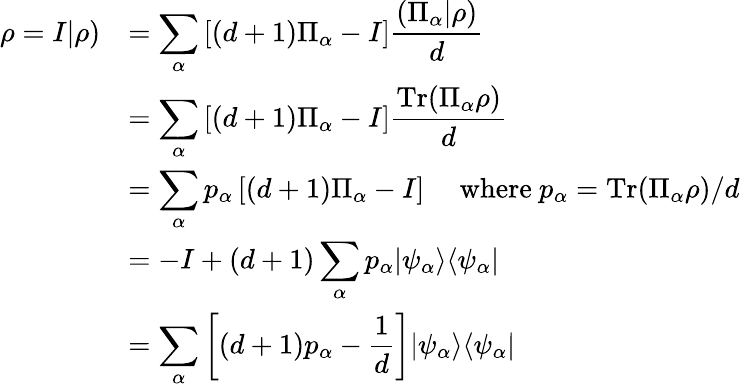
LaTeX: {\begin{array}{rl}{\rho=I|\rho)}&{=\displaystyle\sum_{\alpha}\left[(d+1)\Pi_{\alpha}-I\right]{\frac{(\Pi_{\alpha}|\rho)}{d}}}\\ &{=\displaystyle\sum_{\alpha}\left[(d+1)\Pi_{\alpha}-I\right]{\frac{\mathrm{Tr}(\Pi_{\alpha}\rho)}{d}}}\\ &{=\displaystyle\sum_{\alpha}p_{\alpha}\left[(d+1)\Pi_{\alpha}-I\right]\quad{\mathrm{~where~}}p_{\alpha}=\mathrm{Tr}(\Pi_{\alpha}\rho)/d}\\ &{=\displaystyle-I+(d+1)\sum_{\alpha}p_{\alpha}|\psi_{\alpha}\rangle\langle\psi_{\alpha}|}\\ &{=\displaystyle\sum_{\alpha}\left[(d+1)p_{\alpha}-{\frac{1}{d}}\right]|\psi_{\alpha}\rangle\langle\psi_{\alpha}|}\end{array}}